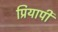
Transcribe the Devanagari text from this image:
प्रियापी